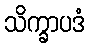
သိက္ခာပဒံ